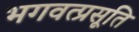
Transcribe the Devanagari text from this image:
भगवत्प्रसूति